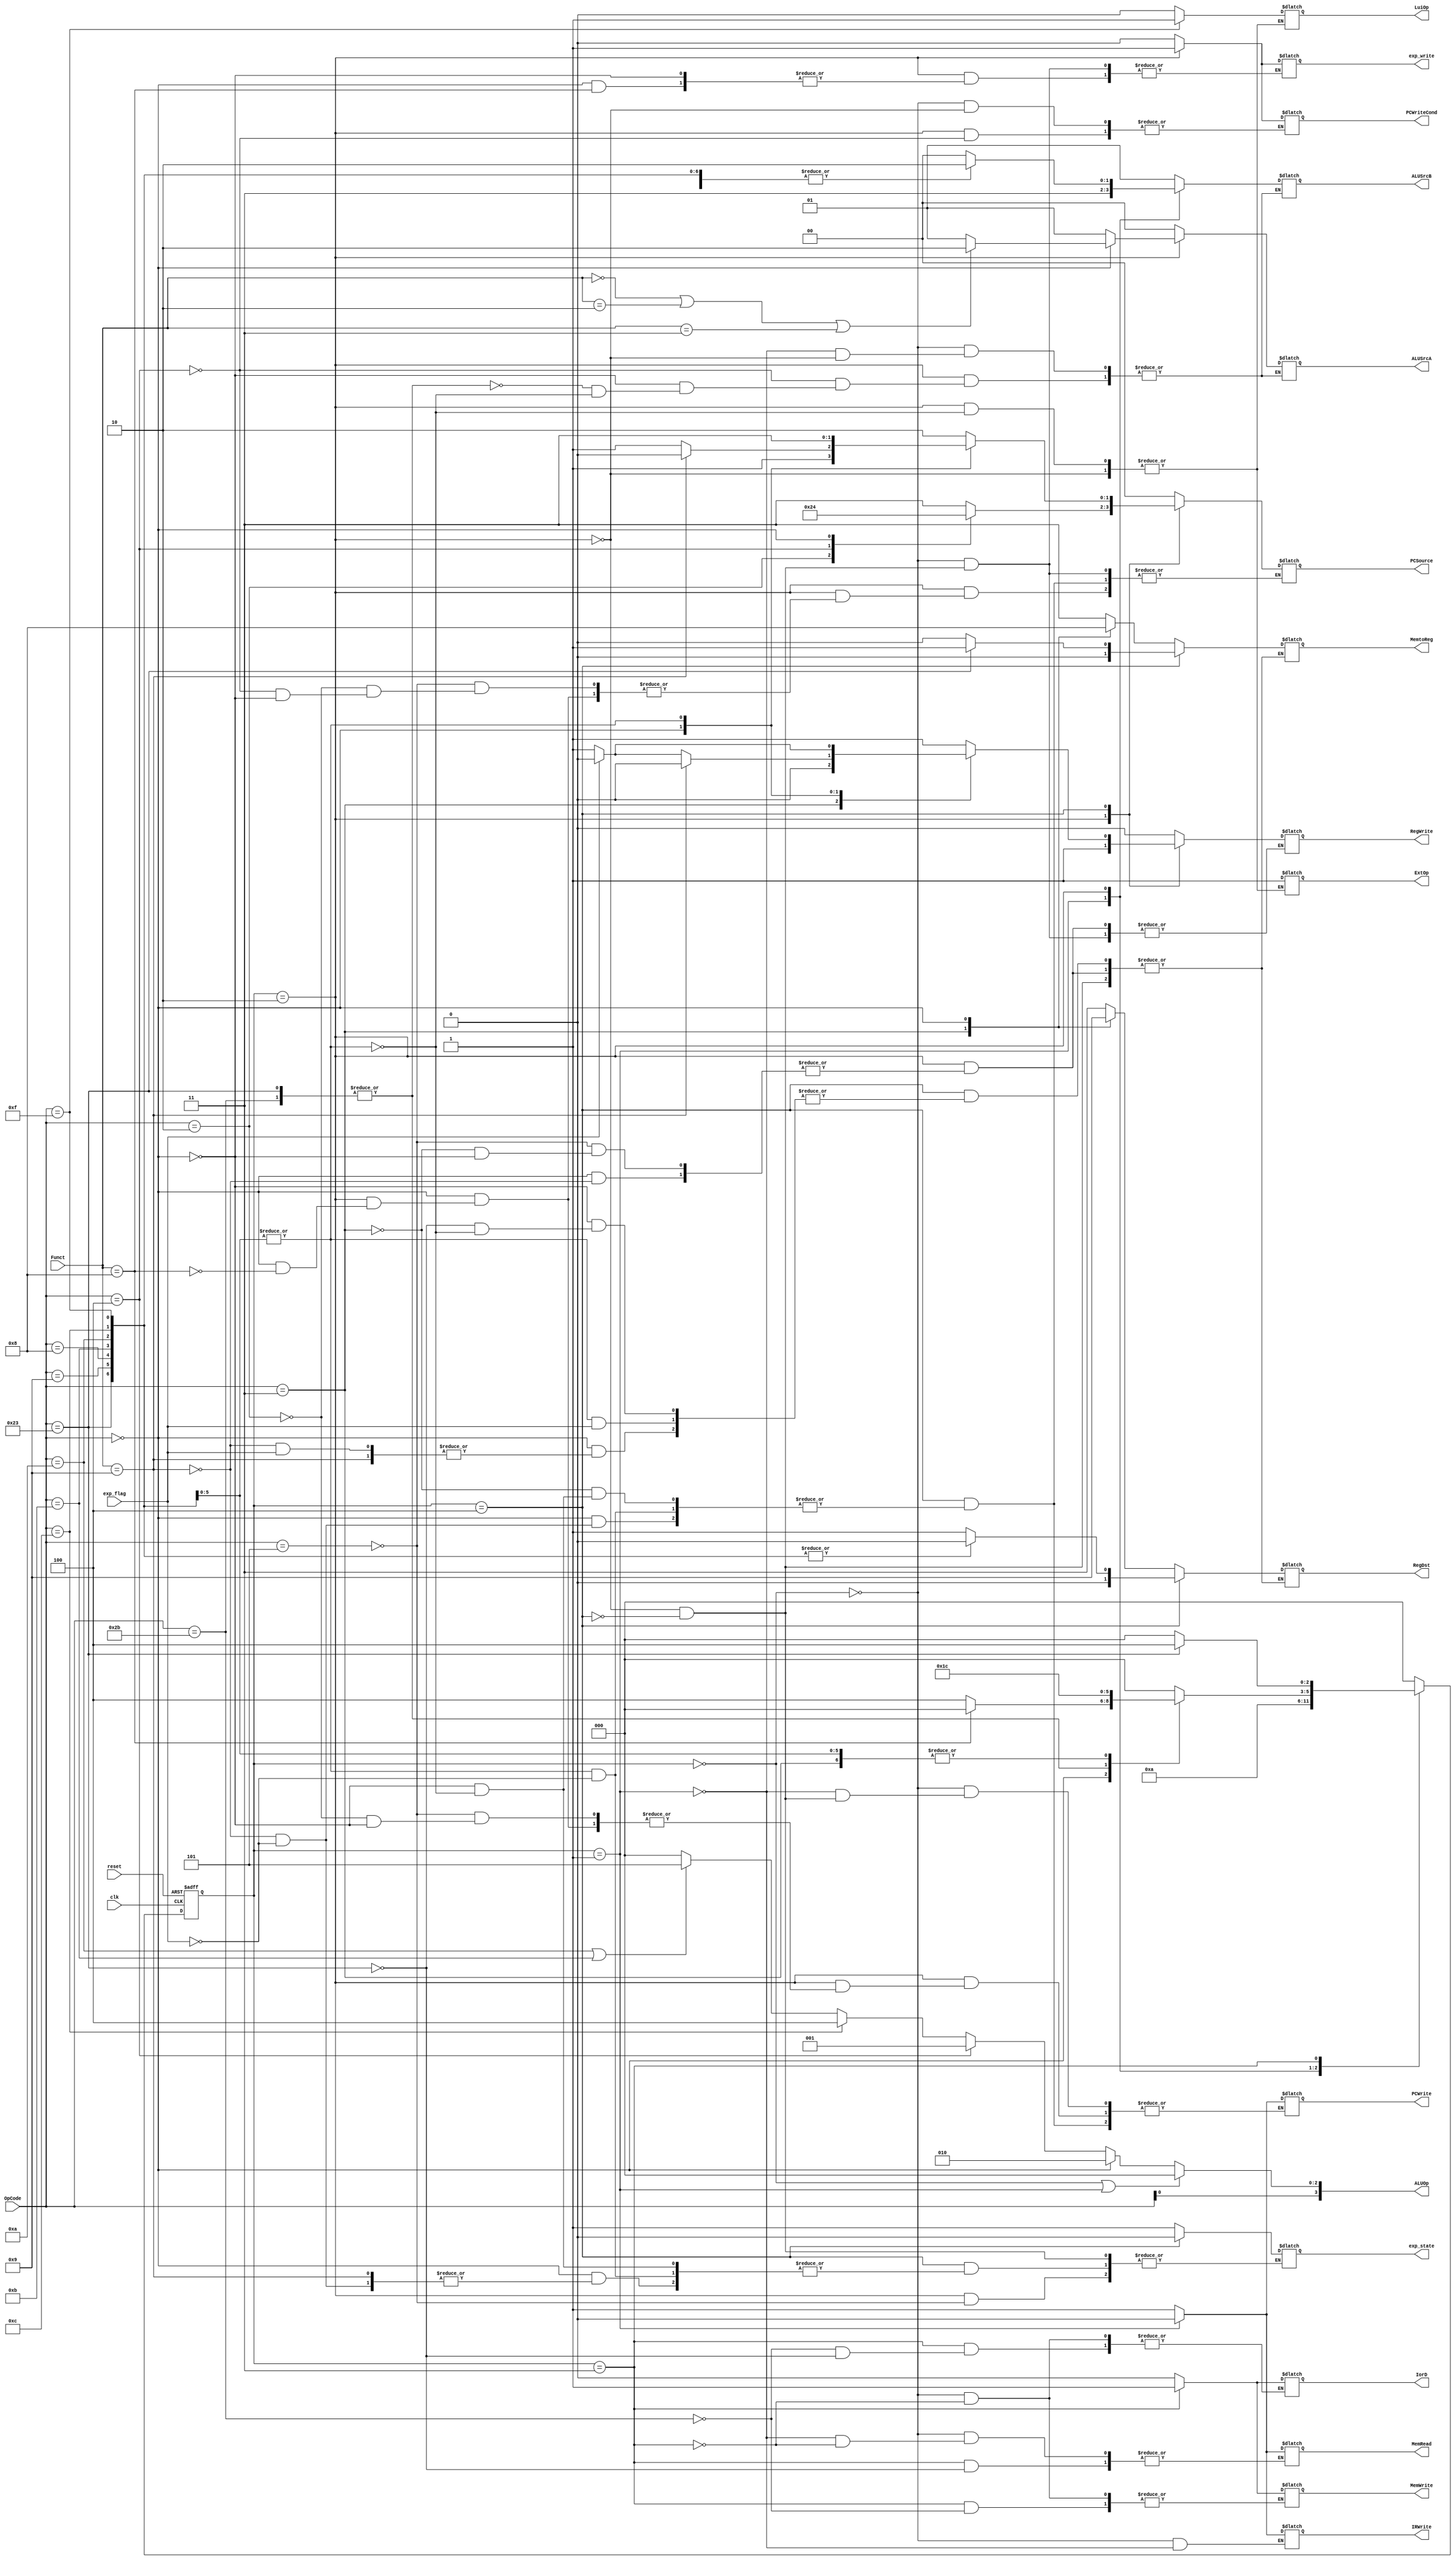
`timescale 1ns / 1ps
//////////////////////////////////////////////////////////////////////////////////
// Class: Fundamentals of Digital Logic and Processor
// Designer: Shulin Zeng
//
// Design Name: MultiCycleCPU
// Module Name: Controller
// Project Name: Multi-cycle-cpu
// Target Devices:
// Tool Versions:
// Description:
//
// Dependencies:
//
// Revision:
// Revision 0.01 - File Created
// Additional Comments:
//
//////////////////////////////////////////////////////////////////////////////////


module Controller(reset, clk, OpCode, Funct,
                  PCWrite, PCWriteCond, IorD, MemWrite, MemRead,
                  IRWrite, MemtoReg, RegDst, RegWrite, ExtOp, LuiOp,
                  ALUSrcA, ALUSrcB, ALUOp, PCSource,
                  exp_state,exp_flag,exp_write);
//Input Clock Signals
input reset;
input clk;
//Input Signals
input  [5:0] OpCode;
input  [5:0] Funct;
input exp_flag;
//Output Control Signals
output reg PCWrite;
output reg PCWriteCond;
output reg IorD;
output reg MemWrite;
output reg MemRead;
output reg IRWrite;
output reg [1:0] MemtoReg;
output reg [1:0] RegDst;
output reg RegWrite;
output reg ExtOp;
output reg LuiOp;
output reg [1:0] ALUSrcA;
output reg [1:0] ALUSrcB;
output reg [3:0] ALUOp;
output reg [1:0] PCSource;
output reg exp_state;
output reg exp_write;

//--------------Your code below-----------------------
parameter [2:0]sIF = 3'b000;
parameter [2:0]sID = 3'b001;
parameter [2:0]EX = 3'b010;
parameter [2:0]MEM = 3'b011;
parameter [2:0]WB = 3'b100;

parameter [5:0]lw = 6'h23;
parameter [5:0]sw = 6'h2b;
parameter [5:0]lui = 6'h0f;
parameter [5:0]R = 6'h0;
parameter [5:0]J = 6'h02;
parameter [5:0]beq = 6'h04;
parameter [5:0]addi = 6'h08;
parameter [5:0]addiu = 6'h09;
parameter [5:0]andi = 6'h0c;
parameter [5:0]slti = 6'h0a;
parameter [5:0]sltiu = 6'h0b;
parameter [5:0]jal = 6'h03;
parameter [5:0]errproc = 6'h05;

reg [2:0]state;
reg [2:0]state_next;

always @(posedge reset or posedge clk)
  begin
    if(reset)
      state <= sIF;
    else
      state <= state_next;
  end

always @(state)
  begin
    case (state)
      sIF:
        begin
          state_next <= sID;
          MemRead <= 1'b1;
          IRWrite <= 1'b1;
          PCWrite <= 1'b1;
          PCSource <= 2'b00;
          ALUSrcA <= 2'b00;
          ALUSrcB <= 2'b01;
          IorD <= 1'b0;

          PCWriteCond <= 1'b0;
          RegWrite <= 1'b0;
          MemWrite <= 1'b0;
          exp_write <= 1'b0;
        end
      sID:
        begin
          ALUSrcA <= 2'b00;
          ALUSrcB <= 2'b11;
          state_next <= EX;

          IRWrite <= 1'b0;
          MemRead <= 1'b0;
          PCWrite <= 1'b0;
        end
      EX:
        begin
          case (OpCode)
            errproc:
              begin
                RegDst <= 2'b11;
                RegWrite <= 1'b1;
                MemtoReg <= 2'b11;
                PCWrite <= 1'b1;
                PCSource <= 2'b11;
                exp_state <= 1'b1;
                state_next <= sIF;
              end
            J:
              begin
                PCWrite <= 1'b1;
                PCSource <= 2'b10;
                state_next <= sIF;
              end
            jal:
              begin
                RegDst <= 2'b10;
                MemtoReg <= 2'b10;
                RegWrite <= 1'b1;
                state_next <= WB;
              end
            beq:
              begin
                PCWriteCond <= 1'b1;
                ALUSrcA <= 2'b01;
                ALUSrcB <= 2'b00;
                PCSource <= 2'b01;
                state_next <= sIF;
              end
            R:
              begin
                if((Funct == 6'h0) || (Funct == 6'h02) || (Funct == 6'h03))
                  ALUSrcA <= 2'b10;
                else
                  ALUSrcA <= 2'b01;
                ALUSrcB <= 2'b00;
                if(Funct == 6'h09)  //jalr
                  begin
                    RegDst <= 2'b01;
                    MemtoReg <= 2'b00;
                    RegWrite <= 1'b1;
                  end
                if(Funct == 6'h8)   //jr
                  begin
                    state_next <= sIF;
                    PCWrite = 1'b1;
                    PCSource = 2'b00;
                  end
                else
                  begin
                    exp_write <= 1'b1;
                    state_next <= WB;
                  end
              end
            lw,sw:
              begin
                ALUSrcA <= 2'b01;
                ALUSrcB <= 2'b10;
                state_next <= MEM;
              end
            addi,addiu,andi,slti,sltiu,lui:
              begin
                ALUSrcA <= 2'b01;
                ALUSrcB <= 2'b10;
                ExtOp <= 1'b1;
                if(OpCode == lui)
                  LuiOp <= 1'b1;
                else
                  LuiOp <= 1'b0;
                state_next <= WB;
              end
            default:
              state_next <= sIF;
          endcase
        end
      MEM:
        begin
          case (OpCode)
            sw:
              begin
                MemWrite <= 1'b1;
                IorD <= 1'b1;
                state_next <= sIF;
              end
            lw:
              begin
                MemRead <= 1'b1;
                IorD <= 1'b1;
                state_next <= WB;
              end
            default:
              state_next <= sIF;
          endcase
        end
      WB:
        begin
          exp_write <= 1'b0;
          RegWrite <= 1'b1;
          state_next <= sIF;
          case (OpCode)
            jal:
              begin
                PCWrite <= 1'b1;
                PCSource <= 2'b10;
                RegWrite <= 1'b0;
              end
            R:
              begin
                if(Funct == 6'h09)
                  begin
                    PCWrite <= 1'b1;
                    PCSource <= 2'b10;
                    RegWrite <= 1'b0;
                  end
                else if(exp_flag)
                  begin
                    PCSource <= 2'b11;
                    exp_state <= 1'b0;
                    PCWrite <= 1'b1;
                    RegWrite <= 1'b0;
                  end
                else
                  begin
                    RegDst <= 2'b01;
                    MemtoReg <= 2'b00;
                  end
              end
            lw:
              begin
                RegDst <= 2'b00;
                MemtoReg <= 2'b01;
              end
            addi,addiu,andi,slti,sltiu,lui:
              begin
                if(exp_flag)
                  begin
                    PCSource <= 2'b11;
                    exp_state <= 1'b0;
                    PCWrite <= 1'b1;
                    RegWrite <= 1'b0;
                  end
                else
                  begin
                    RegDst <= 2'b00;
                    MemtoReg <= 2'b00;
                  end
              end
            default:
              state_next <= sIF;
          endcase
        end
      default:
        state_next <= sIF;
    endcase
  end

//--------------Your code above-----------------------


//ALUOp
always @(*)
  begin
    ALUOp[3] = OpCode[0];
    if (state == sIF || state == sID)
      begin
        ALUOp[2:0] = 3'b000;
      end
    else if (OpCode == 6'h00)
      begin
        ALUOp[2:0] = 3'b010;
      end
    else if (OpCode == 6'h04)
      begin
        ALUOp[2:0] = 3'b001;
      end
    else if (OpCode == 6'h0c)
      begin
        ALUOp[2:0] = 3'b100;
      end
    else if (OpCode == 6'h0a || OpCode == 6'h0b)
      begin
        ALUOp[2:0] = 3'b101;
      end
    else
      begin
        ALUOp[2:0] = 3'b000;
      end
  end

endmodule